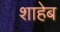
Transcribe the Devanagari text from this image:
शाहेब